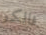
فالكو